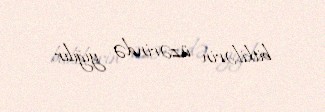
bitkilərin üzərində yığılır.